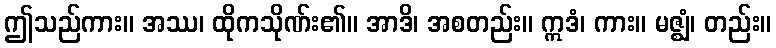
ဤသည်ကား။ အဿ၊ ထိုကသိုဏ်း၏။ အာဒိ၊ အစတည်း။ ဣဒံ၊ ကား။ မဇ္ဈံ၊ တည်း။